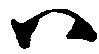
ハ